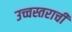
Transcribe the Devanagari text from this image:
उच्चस्तराची